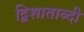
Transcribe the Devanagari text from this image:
द्विशाताब्दी